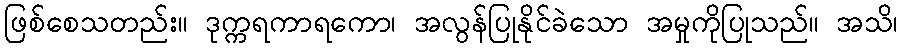
ဖြစ်စေသတည်း။ ဒုက္ကရကာရကော၊ အလွန်ပြုနိုင်ခဲသော အမှုကိုပြုသည်။ အသိ၊